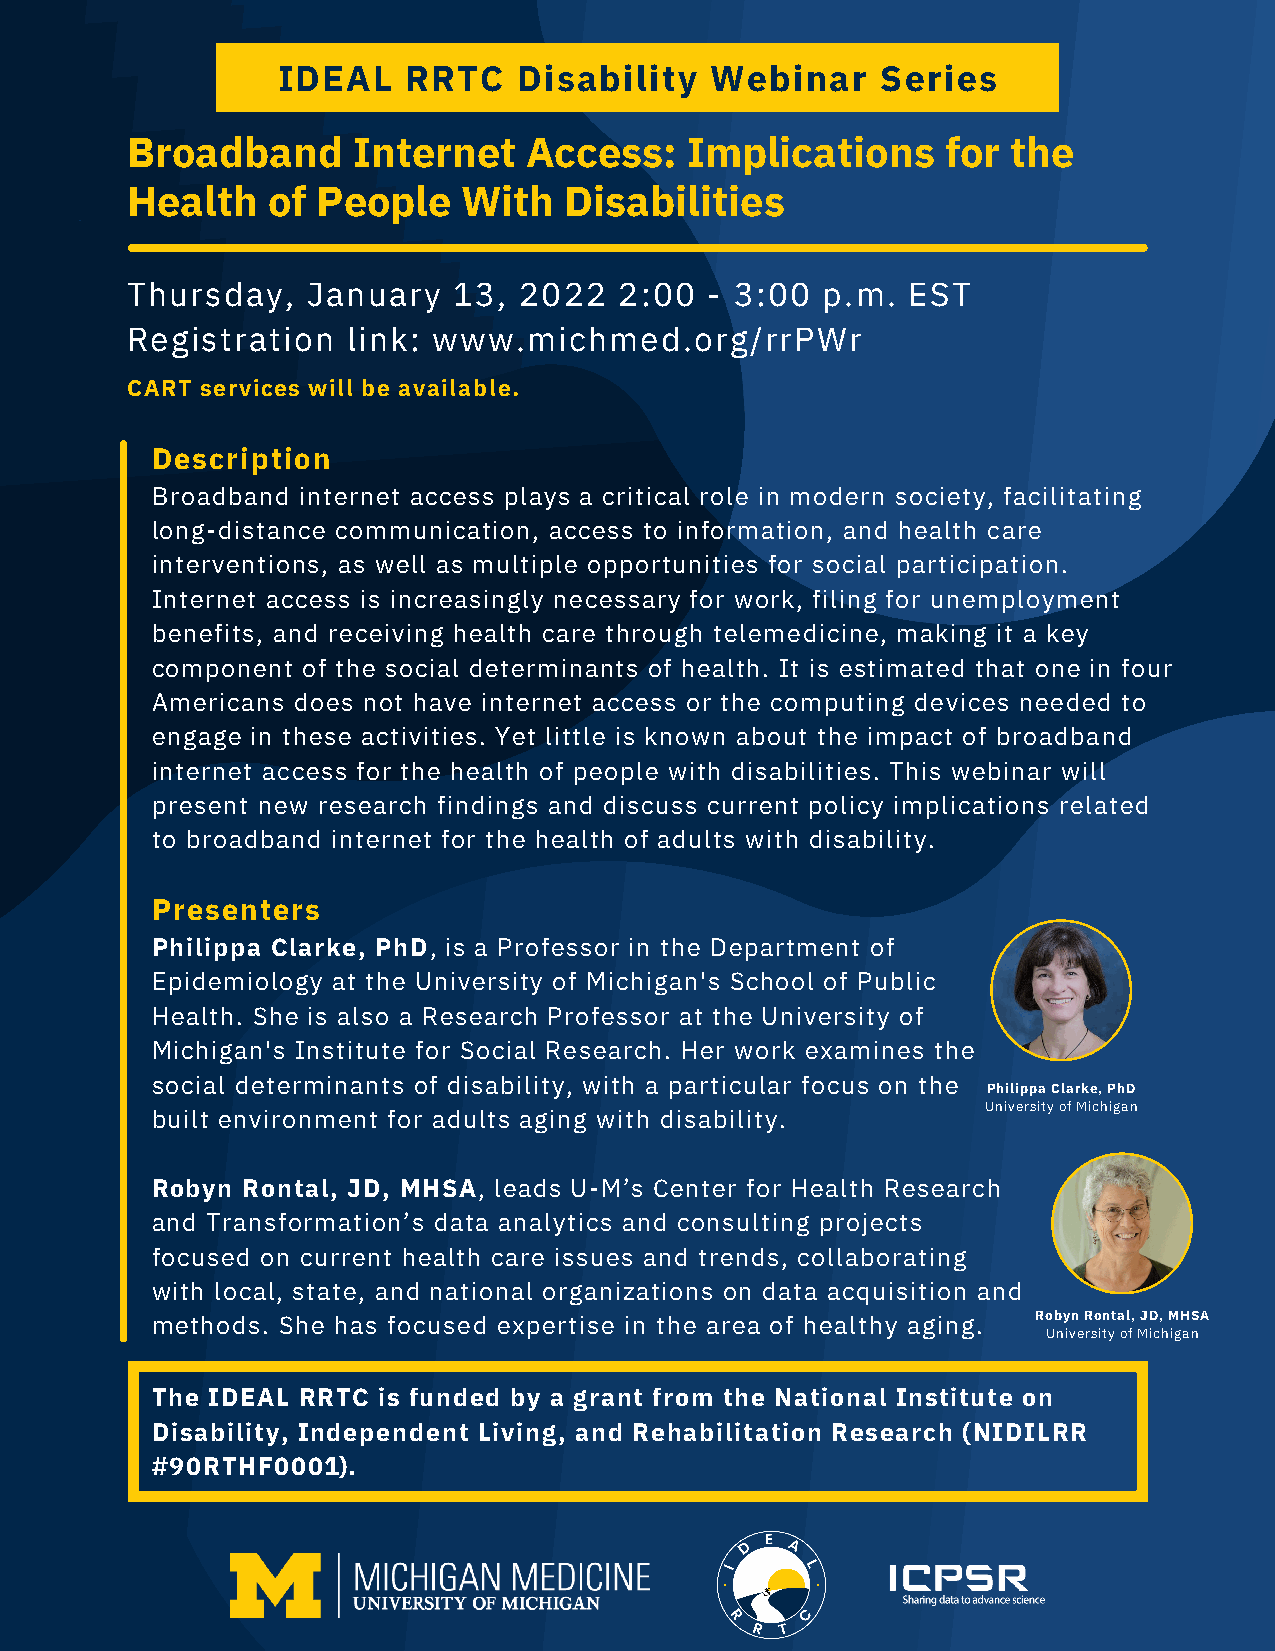
IDEAL    RRTC   Disability   Webinar    Series
 Broadband      Internet    Access:    Implications     for the
 Health    of People    With  Disabilities
 Thursday,   January   13, 2022   2:00  - 3:00 p.m.  EST
 Registration   link: www.michmed.org/rrPWr
 CART services will be available.
 Description
 Broadband internet access plays a critical role in modern society, facilitating
 long-distance communication, access to information, and health care
 interventions, as well as multiple opportunities for social participation.
 Internet access is increasingly necessary for work, filing for unemployment
 benefits, and receiving health care through telemedicine, making it a key
 component of the social determinants of health. It is estimated that one in four
 Americans does not have internet access or the computing devices needed to
 engage in these activities. Yet little is known about the impact of broadband
 internet access for the health of people with disabilities. This webinar will
 present new research findings and discuss current policy implications related
 to broadband internet for the health of adults with disability.
 Presenters
 Philippa Clarke, PhD, is a Professor in the Department of
 Epidemiology at the University of Michigan's School of Public
 Health. She is also a Research Professor at the University of
 Michigan's Institute for Social Research. Her work examines the
 social determinants of disability, with a particular focus on the
 Philippa Clarke, PhD
 University of Michigan
 built environment for adults aging with disability.
 Robyn Rontal, JD, MHSA, leads U-M’s Center for Health Research
 and Transformation’s data analytics and consulting projects
 focused on current health care issues and trends, collaborating
 with local, state, and national organizations on data acquisition and
 methods. She has focused expertise in the area of healthy aging. Robyn Rontal, JD, MHSA
 University of Michigan
 The IDEAL RRTC is funded by a grant from the National Institute on
 Disability, Independent Living, and Rehabilitation Research (NIDILRR
 #90RTHF0001).